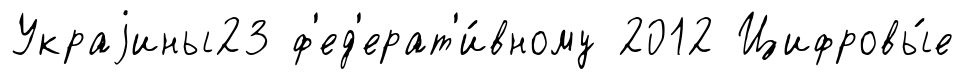
Украjины23 ф'ед'ерат'и́вному 2012 Цифровы́е